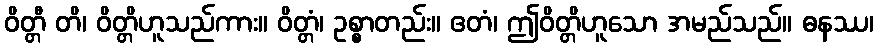
ဝိတ္တီ တိ၊ ဝိတ္တိဟူသည်ကား။ ဝိတ္တံ၊ ဥစ္စာတည်း။ ဧတံ၊ ဤဝိတ္တိဟူသော အမည်သည်။ ဓနဿ၊